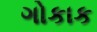
ગોકાક